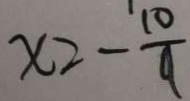
x = - \frac { 1 0 } { 9 }